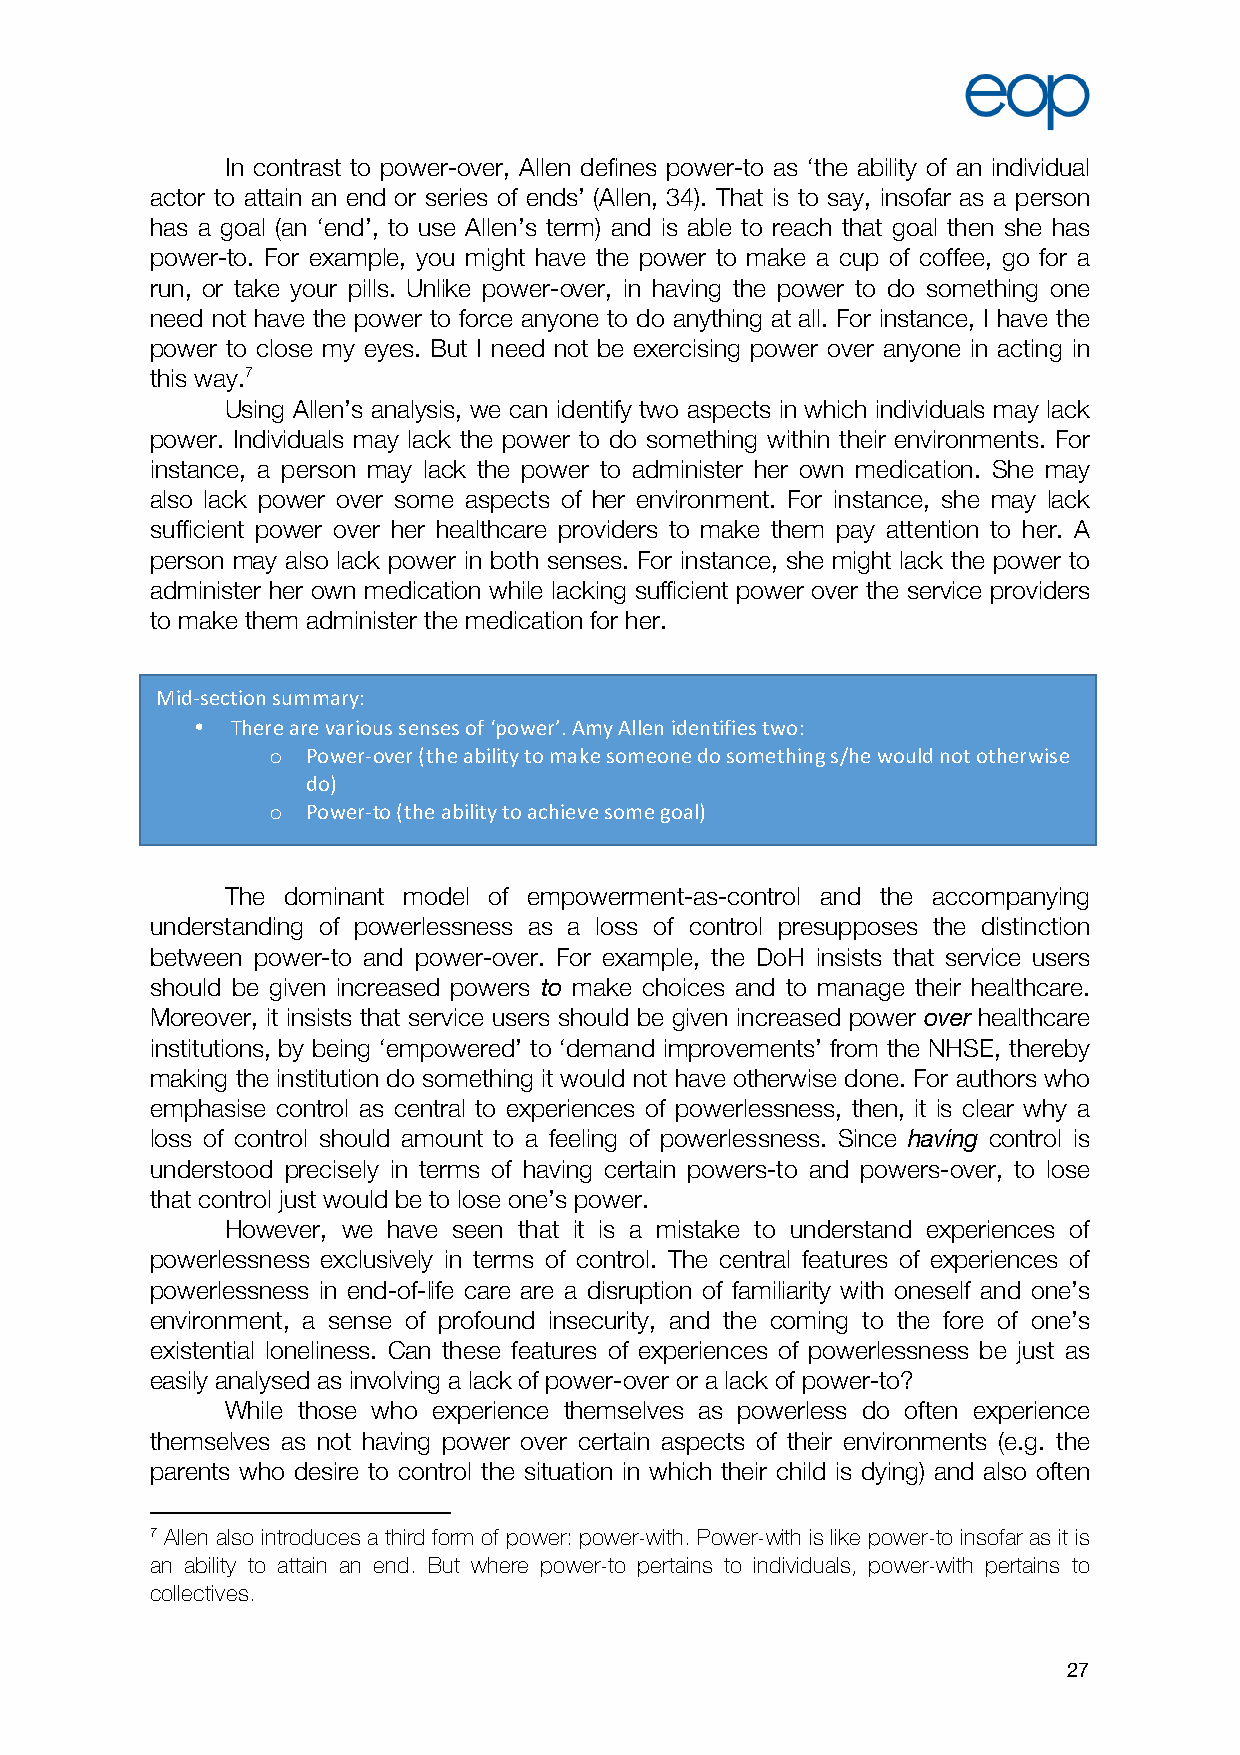
In contrast to power-over, Allen defines power-to as ‘the ability of an individual
 actor to attain an end or series of ends’ (Allen, 34). That is to say, insofar as a person
 has a goal (an ‘end’, to use Allen’s term) and is able to reach that goal then she has
 power-to. For example, you might have the power to make a cup of coffee, go for a
 run, or take your pills. Unlike power-over, in having the power to do something one
 need not have the power to force anyone to do anything at all. For instance, I have the
 power to close my eyes. But I need not be exercising power over anyone in acting in
 this way.7
 Using Allen’s analysis, we can identify two aspects in which individuals may lack
 power. Individuals may lack the power to do something within their environments. For
 instance, a person may lack the power to administer her own medication. She may
 also lack power over some aspects of her environment. For instance, she may lack
 sufficient power over her healthcare providers to make them pay attention to her. A
 person may also lack power in both senses. For instance, she might lack the power to
 administer her own medication while lacking sufficient power over the service providers
 to make them administer the medication for her.
 Mid-section summary:
 • There are various senses of ‘power’. Amy Allen identifies two:
 o Power-over (the ability to make someone do something s/he would not otherwise
 do)
 o Power-to (the ability to achieve some goal)
 The dominant model of empowerment-as-control and the accompanying
 understanding of powerlessness as a loss of control presupposes the distinction
 between power-to and power-over. For example, the DoH insists that service users
 should be given increased powers to make choices and to manage their healthcare.
 Moreover, it insists that service users should be given increased power over healthcare
 institutions, by being ‘empowered’ to ‘demand improvements’ from the NHSE, thereby
 making the institution do something it would not have otherwise done. For authors who
 emphasise control as central to experiences of powerlessness, then, it is clear why a
 loss of control should amount to a feeling of powerlessness. Since having control is
 understood precisely in terms of having certain powers-to and powers-over, to lose
 that control just would be to lose one’s power.
 However, we have seen that it is a mistake to understand experiences of
 powerlessness exclusively in terms of control. The central features of experiences of
 powerlessness in end-of-life care are a disruption of familiarity with oneself and one’s
 environment, a sense of profound insecurity, and the coming to the fore of one’s
 existential loneliness. Can these features of experiences of powerlessness be just as
 easily analysed as involving a lack of power-over or a lack of power-to?
 While those who experience themselves as powerless do often experience
 themselves as not having power over certain aspects of their environments (e.g. the
 parents who desire to control the situation in which their child is dying) and also often
 7 Allen also introduces a third form of power: power-with. Power-with is like power-to insofar as it is
 an ability to attain an end. But where power-to pertains to individuals, power-with pertains to
 collectives.
 27